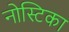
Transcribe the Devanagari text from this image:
नोस्टिका